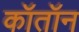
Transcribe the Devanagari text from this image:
कॉतॉन